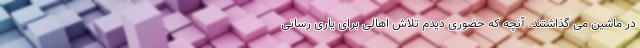
در ماشین می گذاشتند. آنچه که حضوری دیدم تلاشِ اهالی برای یاری رسانی